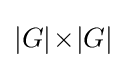
|G|\!\times \!|G|